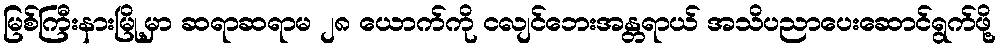
မြစ်ကြီးနားမြို့မှာ ဆရာဆရာမ ၂၈ ယောက်ကို ငလျင်ဘေးအန္တရာယ် အသိပညာပေးဆောင်ရွက်ဖို့